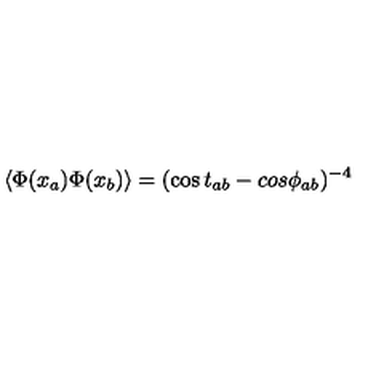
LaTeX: \langle \Phi ( x _ { a } ) \Phi ( x _ { b } ) \rangle = ( \cos t _ { a b } - c o s \phi _ { a b } ) ^ { - 4 }